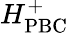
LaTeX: H_{\mathrm{PBC}}^{+}